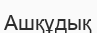
Ашқұдық